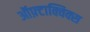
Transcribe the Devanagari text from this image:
ऑफ़्टाक्विक्स